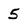
Character: 5